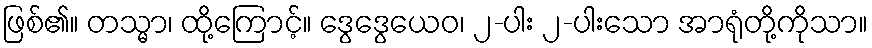
ဖြစ်၏။ တသ္မာ၊ ထို့ကြောင့်။ ဒွေဒွေယေဝ၊ ၂-ပါး ၂-ပါးသော အာရုံတို့ကိုသာ။